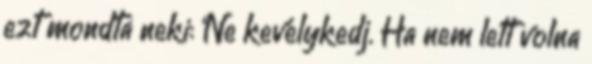
ezt mondta neki: ‘Ne kevélykedj. Ha nem lett volna